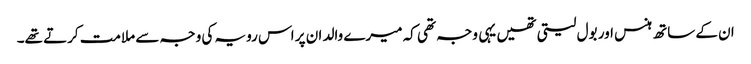
ان کے ساتھ ہنس اور بول لیتی تھیں یہی وجہ تھی کہ میرے والد ان پر اس رویہ کی وجہ سے ملامت کرتے تھے۔